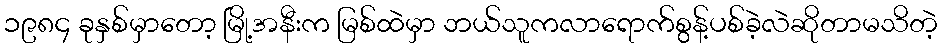
၁၉၈၄ ခုနှစ်မှာတော့ မြို့အနီးက မြစ်ထဲမှာ ဘယ်သူကလာရောက်စွန့်ပစ်ခဲ့လဲဆိုတာမသိတဲ့